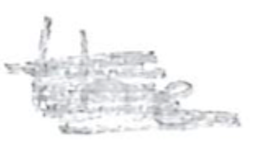
Text: the
Cross-out: scratch
Writing tool: pencil